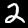
Label: 2